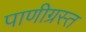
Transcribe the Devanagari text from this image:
पाणीग्रस्त